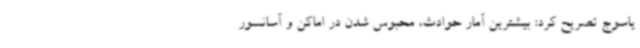
یاسوج تصریح کرد: بیشترین آمار حوادث، محبوس شدن در اماکن و آسانسور